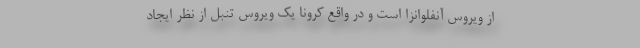
از ویروس آنفلوانزا است و در واقع کرونا یک ویروس تنبل از نظر ایجاد